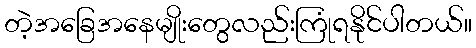
တဲ့အခြေအနေမျိုးတွေလည်းကြုံရနိုင်ပါတယ်။